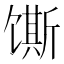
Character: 𫗲